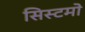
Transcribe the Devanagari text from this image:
सिस्टमो